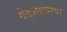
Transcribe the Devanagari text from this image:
वेद्शास्त्राचा